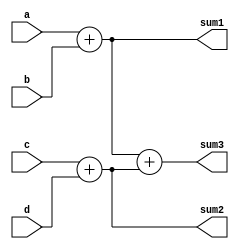
module tree_adder_procedural(
    input [3:0] a,
    input [3:0] b,
    input [7:0] c,
    input [7:0] d,
    output reg [4:0] sum1,
    output reg [8:0] sum2,
    output reg [9:0] sum3
);
    // The order of the assignments in NOT important
    always @(a or b) begin
        sum1 = a+b;
    end

    always @(c or d) begin
        sum2 = c+d;
    end

    // Best practice control list
    always @(*) begin
        sum3 = sum1+sum2;
    end
endmodule